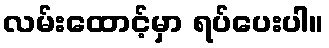
လမ်းထောင့်မှာ ရပ်ပေးပါ။